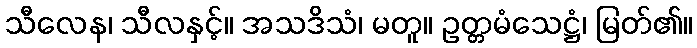
သီလေန၊ သီလနှင့်။ အသဒိသံ၊ မတူ။ ဥတ္တမံသေဋ္ဌံ၊ မြတ်၏။